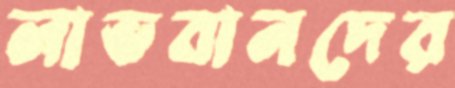
লাভবানদের